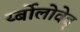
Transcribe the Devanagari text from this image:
र्य्बोलोवेव्